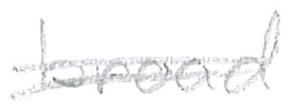
Text: broad
Cross-out: double-line
Writing tool: pencil